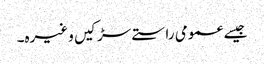
جیسے عمومی راستے سڑکیں وغیرہ۔